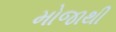
મોજાથી